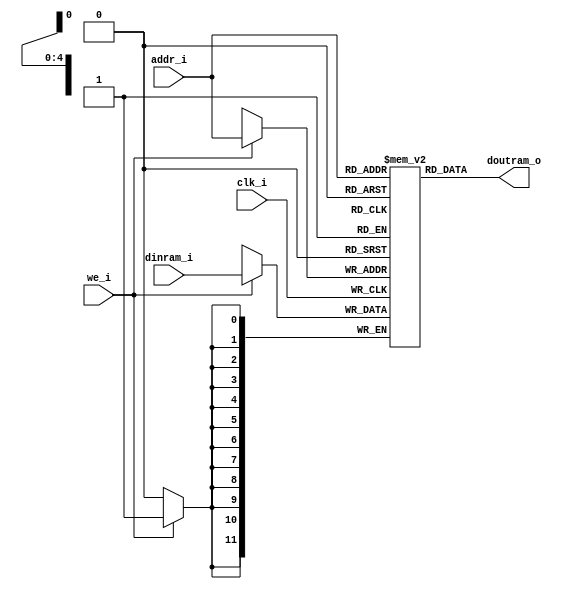
// Name: ram_volts.v
//
// Description: 


module ram_volts #(
  parameter Width = 12
) (
    input              clk_i,
	input              we_i,
	input  [4:0]       addr_i,
	input  [Width-1:0] dinram_i,
	output [Width-1:0] doutram_o
);

  reg [Width-1:0] ram [30:0];

  always @(posedge clk_i) begin
    if (we_i)
	  ram[addr_i] <= dinram_i;
	end

  assign doutram_o = ram[addr_i];

endmodule